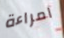
امراءة